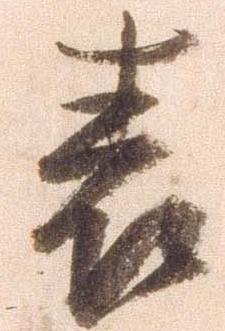
表